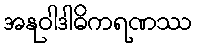
အနုဝါဒါဓိကရဏဿ